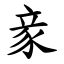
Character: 豙